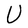
Character: U